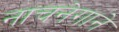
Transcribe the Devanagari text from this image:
नाचनेगाने